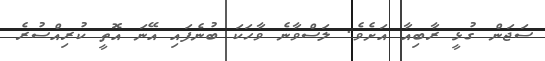
ސަޖަން ގުޅީ ރާބިއާ އަށެވެ. ލަސްވާނެ ވާހަކަ ބުނެފައި އޭނަ އޮތީ ކުރިއްސުރެ